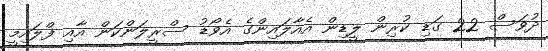
ދުވަސް 22 ގަޑި ކުރިން ލީޑިން އެއާލައިންގެ އެވޯޑު ސްރީލަންކަން އާއި ފްލައިމީ